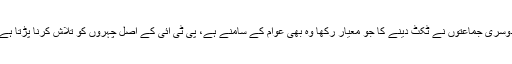
ن لیگی رہنما نے یہ بھی کہا کہ دوسری جماعتوں نے ٹکٹ دینے کا جو معیار رکھا وہ بھی عوام کے سامنے ہے، پی ٹی آئی کے اصل چہروں کو تلاش کرنا پڑتا ہے، تمام اے ٹی ایمز سرفہرست ہیں۔